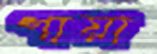
গায়া